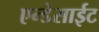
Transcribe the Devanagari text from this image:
एन्डेसाईट